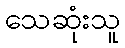
သေဆုံးသူ